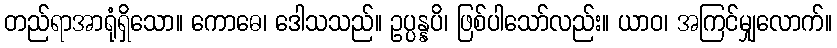
တည်ရာအာရုံရှိသော။ ကောဓေ၊ ဒေါသသည်။ ဥပ္ပန္နပိ၊ ဖြစ်ပါသော်လည်း။ ယာဝ၊ အကြင်မျှလောက်။